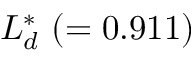
{ \cal L } _ { d } ^ { * } ~ ( = 0 . 9 1 1 )